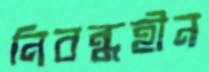
নিবন্ধহীন